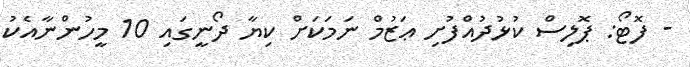
- ފޮޓޯ: ޕޮލިސް ކުޅުދުއްފުށި ޢަޒުމް ނަމަކަށް ކިޔާ ދޯނީގައި 10 މީހުންނާއެކު